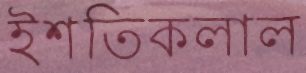
ইশতিকলাল